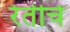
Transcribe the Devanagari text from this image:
रेतीचे